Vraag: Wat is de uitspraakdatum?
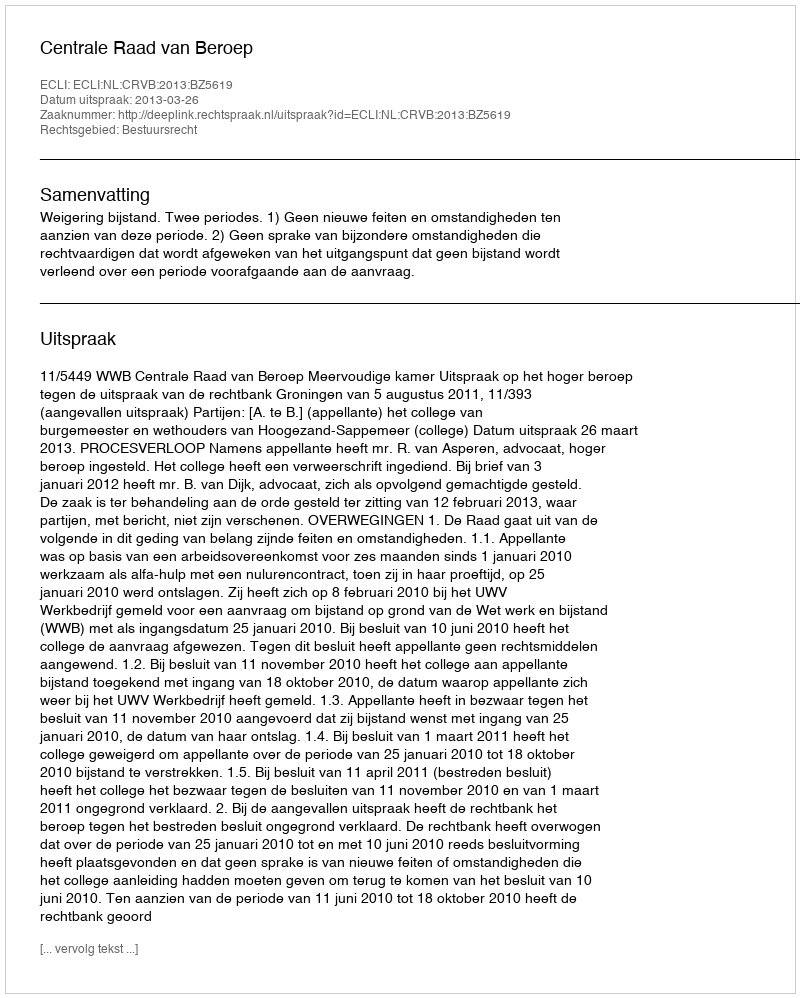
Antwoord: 2013-03-26